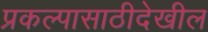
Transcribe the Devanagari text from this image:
प्रकल्पासाठीदेखील